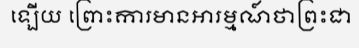
ឡើយ ព្រោះការមានអារម្មណ៍ថាព្រះជា